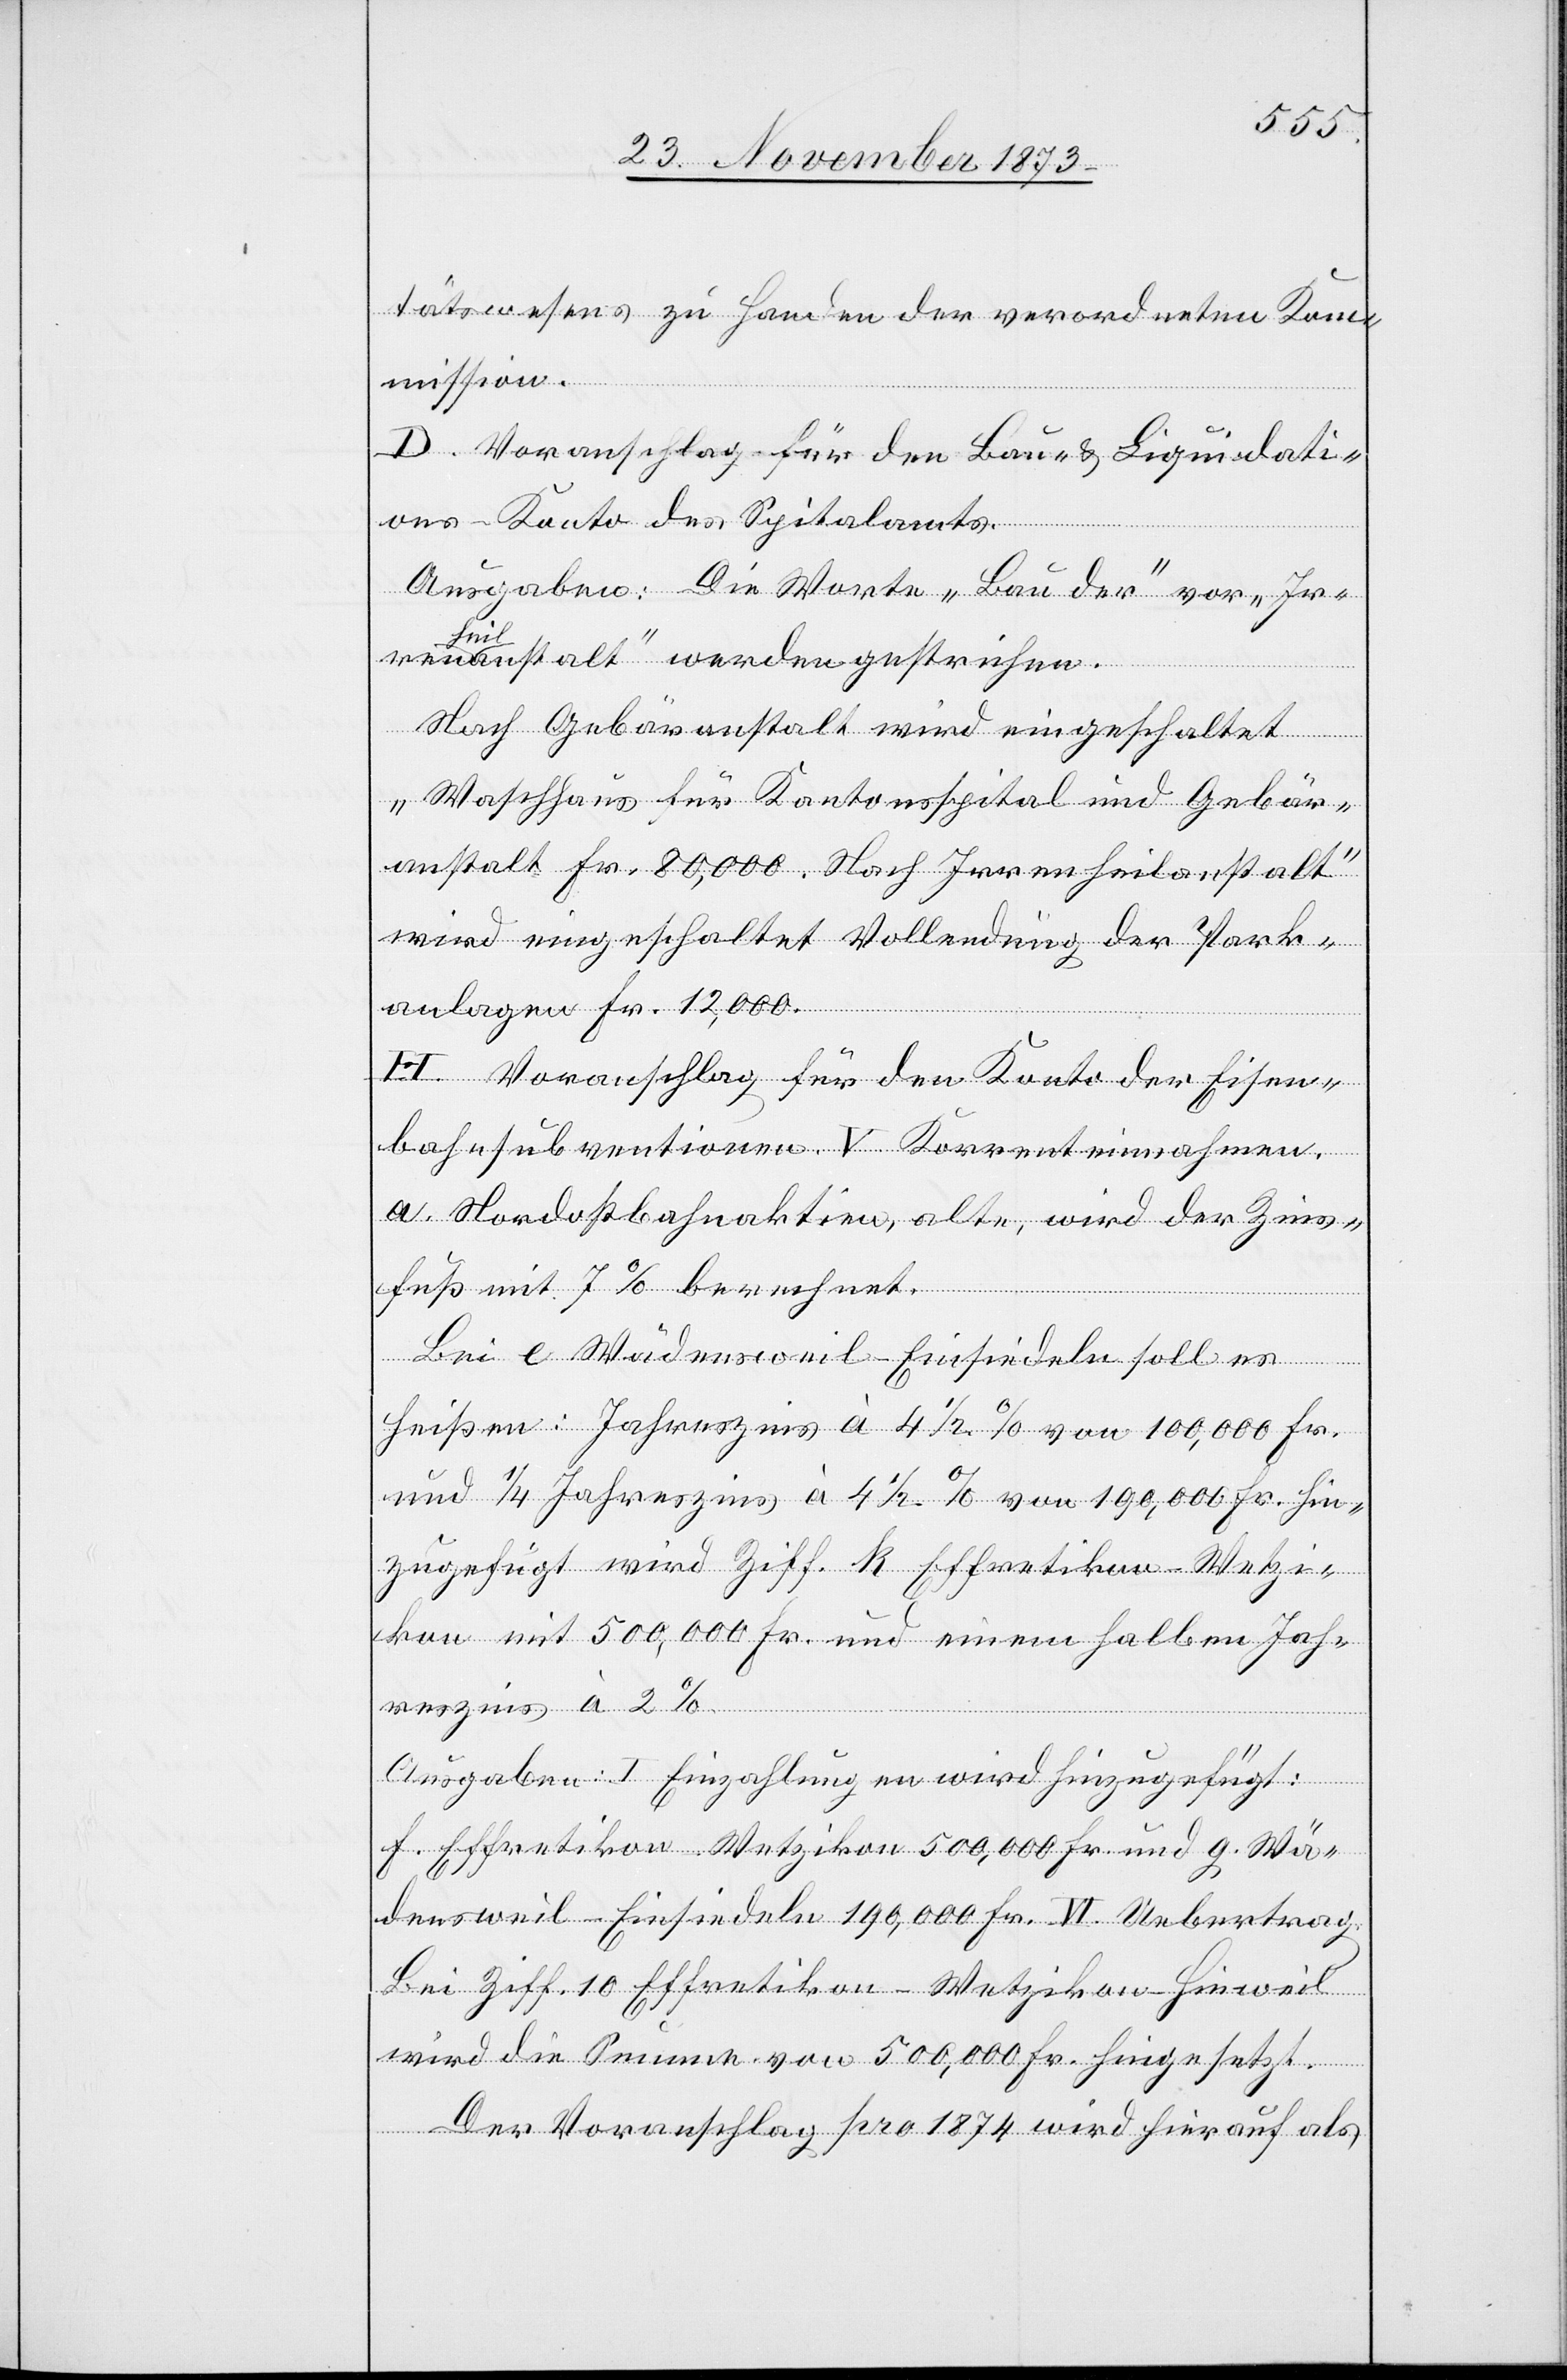
tätswesens zu Handen der verordneten Kom¬
mission.
D. Voranschlag für den Bau- & Liquidati¬
ons-Konto des Spitalamts.
Ausgaben: Die Worte „Bau der“ vor „Ir¬
renheilanstalt“ werden gestrichen.
Nach Gebäranstalt wird eingeschaltet
„Waschhaus für Kantonsspital und Gebär¬
anstalt Fr. 80,000“. Nach „Irrenheilsanstalt“
wird eingeschaltet Vollendung der Park¬
anlagen Fr. 12,000.
H. Voranschlag für den Konto der Eisen¬
bahnsubventionen. V. Korrenteinnahmen.
a. Nordostbahnaktien, alte, wird der Zins¬
zins
fuß mit 7% berechnet.
Bei e Wädensweil–Einsiedeln soll es
heißen: Jahreszins à 4 1/2% von 100,000 Fr.
und 1/4 Jahreszins à 4 1/4% von 190,000 Fr. Hin¬
zugefügt wird Ziff. k Effretikon–Wetzi¬
kon mit 500,000 Fr. und einem halben Jah¬
Ausgaben: I. Einzahlungen wird hinzugefügt:
f. Effretikon–Wetzikon 500,000 Fr. und g. Wä¬
densweil–Einsiedeln 190,000 Fr. VI. Uebertrag.
Bei Ziff. 10 Effretikon–Wetzikon–Hinweil
wird die Summe von 500,000 Fr. hingesetzt.
res¬
Der Voranschlag pro 1874 wird hierauf als